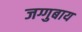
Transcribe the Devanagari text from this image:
जग्गुबाय